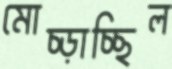
মোচ্‌ড়াচ্ছিল